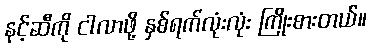
နင့်ဆီကို ငါလာဖို့ နှစ်ရက်လုံးလုံး ကြိုးစားတယ်။